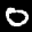
Label: 0